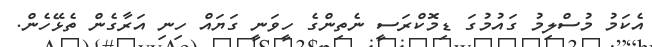
އެކަމު މުސްލިމު ގައުމުގަ ޑިމޮކްރަސީ ނެތިންގެ ހީވަނީ ގަޔައް ހިނި އަރާގެން ތެޅޭހެން.